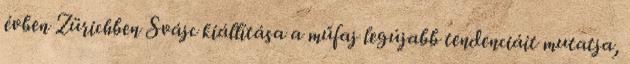
évben Zürichben Svájc kiállítása a műfaj legújabb tendenciáit mutatja,